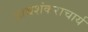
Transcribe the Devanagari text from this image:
आद्यशंकराचार्य